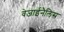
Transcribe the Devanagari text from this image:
वेजाईनैलिस